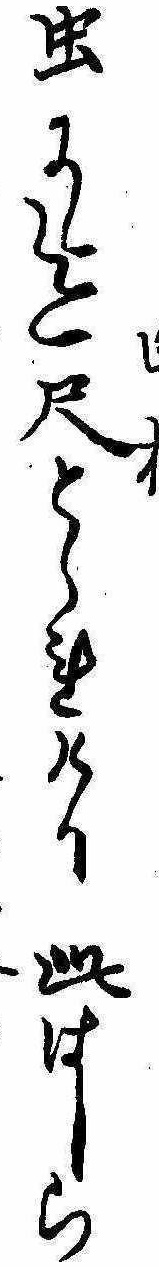
虫に迄尺とられけり此はしら